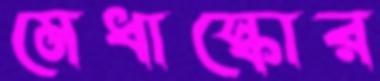
মেধাস্কোর